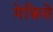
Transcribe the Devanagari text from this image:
मेज़िनो